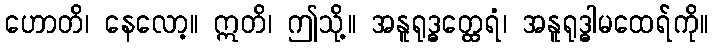
ဟောတိ၊ နေလော့။ ဣတိ၊ ဤသို့။ အနူရုဒ္ဓတ္ထေရံ၊ အနူရုဒ္ဓါမထေရ်ကို။